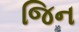
જિન